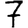
Digit: 7